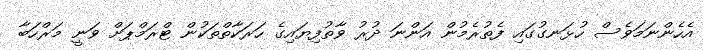
އެހެންނަމަވެސް ހުޅަނގުގައި ފެތުރެމުން އަންނަ ދުރު ވާތުފިޔައިގެ ހަރަކާތްތަކުން ޓްރަމްޕަށް ވަނީ މަރްހަބާ